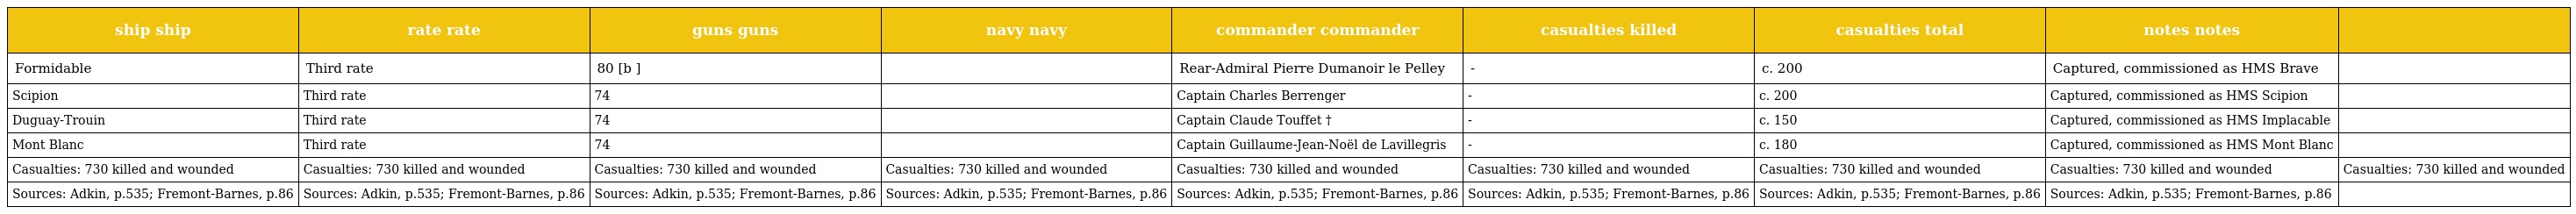
| ship ship | rate rate | guns guns | navy navy | commander commander | casualties killed | casualties total | notes notes |  |
 | --- | --- | --- | --- | --- | --- | --- | --- | --- |
 | Formidable | Third rate | 80 [b ] |  | Rear-Admiral Pierre Dumanoir le Pelley | - | c. 200 | Captured, commissioned as HMS Brave |  |
 | Scipion | Third rate | 74 |  | Captain Charles Berrenger | - | c. 200 | Captured, commissioned as HMS Scipion |  |
 | Duguay-Trouin | Third rate | 74 |  | Captain Claude Touffet † | - | c. 150 | Captured, commissioned as HMS Implacable |  |
 | Mont Blanc | Third rate | 74 |  | Captain Guillaume-Jean-Noël de Lavillegris | - | c. 180 | Captured, commissioned as HMS Mont Blanc |  |
 | Casualties: 730 killed and wounded | Casualties: 730 killed and wounded | Casualties: 730 killed and wounded | Casualties: 730 killed and wounded | Casualties: 730 killed and wounded | Casualties: 730 killed and wounded | Casualties: 730 killed and wounded | Casualties: 730 killed and wounded | Casualties: 730 killed and wounded |
 | Sources: Adkin, p.535; Fremont-Barnes, p.86 | Sources: Adkin, p.535; Fremont-Barnes, p.86 | Sources: Adkin, p.535; Fremont-Barnes, p.86 | Sources: Adkin, p.535; Fremont-Barnes, p.86 | Sources: Adkin, p.535; Fremont-Barnes, p.86 | Sources: Adkin, p.535; Fremont-Barnes, p.86 | Sources: Adkin, p.535; Fremont-Barnes, p.86 | Sources: Adkin, p.535; Fremont-Barnes, p.86 |  |